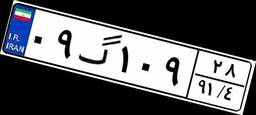
۰۹گ۱۰۹۲۸